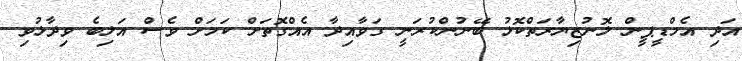
އަދި އެމްޑީޕީން ލޮނުޒިޔާރަތްކޮޅު ބޭނުންކުރަނީ ގަވާއިދާ އެއްގޮތަށް ކަމަށް ވެސް އަލިބެ ވިދާޅުވި